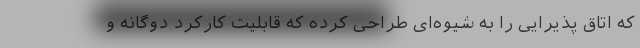
که اتاق پذیرایی را به شیوه‌ای طراحی کرده که قابلیت کارکرد دوگانه و